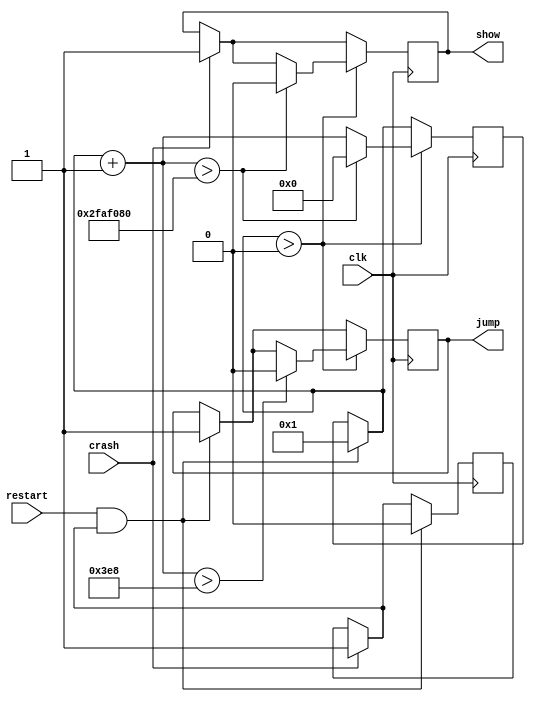
module ctrl(input clk,
                input restart,
                input crash,
                output show,
                output jump
                 );
  reg crash_flag=1'b1;
  reg show=1'b0;
  reg jump=1'b0;
  reg [31:0]count = 32'd0;
  always @(posedge clk)
  begin
    if(crash)
    begin
      crash_flag = 1'b1;    
      show = 1'b1;
    end
	 if(restart && crash_flag)
	 begin
		 crash_flag = 1'b0;
		 jump = 1'b1;
		 count = 32'd1;
	 end
	 if(count>32'd0)
	 begin
		 count = count + 32'd1;
		 if(count>32'd1000)
		 begin
			jump = 1'b0;
		 end
		 if(count>32'd50000000)
		 begin
			count = 32'd0;
			show = 1'b0;
		 end
     end
  end
endmodule